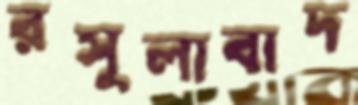
রসুলাবাদ